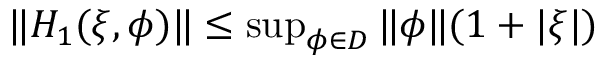
\begin{array} { r } { \| H _ { 1 } ( \xi , \phi ) \| \le \operatorname* { s u p } _ { \phi \in D } \| \phi \| ( 1 + | \xi | ) } \end{array}